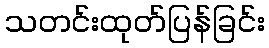
သတင်းထုတ်ပြန်ခြင်း